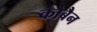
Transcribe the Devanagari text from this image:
कोबैन